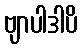
ဗျာပါဒါပိ